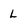
Character: L